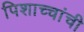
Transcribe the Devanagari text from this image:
पिशाच्चांची